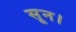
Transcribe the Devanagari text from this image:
सून।